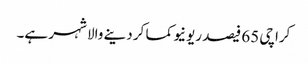
کراچی 65 فیصد ریونیو کما کر دینے والا شہر ہے۔